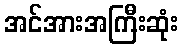
အင်အားအကြီးဆုံး